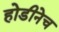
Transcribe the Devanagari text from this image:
होडीनेच